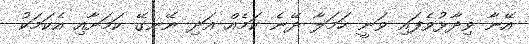
އޭނާ ވިދާޅުވެފައި ވަނީ ހަމަލާ ދޭނެ ކަމެއް އަދި ނޭނގޭ ކަމަށާއި އެކަމަކު